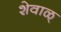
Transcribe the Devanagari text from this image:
शेवाळ्